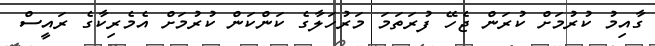
ގާއިމު ކުރުމަށް ކުރަން ޖެހޭ ފުރަތަމަ މަރުހަލާގެ ކަންކަން ކުރުމަށް އެމެރިކާގެ ރައީސް